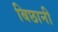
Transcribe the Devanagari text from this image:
बिछानी